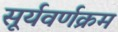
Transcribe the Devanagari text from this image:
सूर्यवर्णक्रम